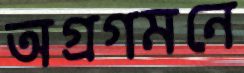
অগ্রগমনে